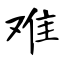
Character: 难